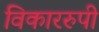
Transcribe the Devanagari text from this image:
विकाररुपी